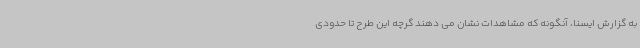
به گزارش ایسنا، آنگونه که مشاهدات نشان می دهند گرچه این طرح تا حدودی